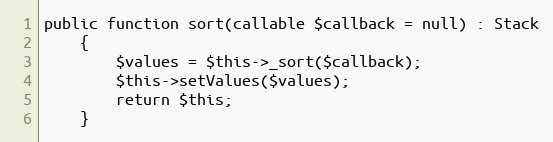
Language: PHP
public function sort(callable $callback = null) : Stack
    {
        $values = $this->_sort($callback);
        $this->setValues($values);
        return $this;
    }